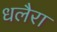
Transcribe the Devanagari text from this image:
धलैरा